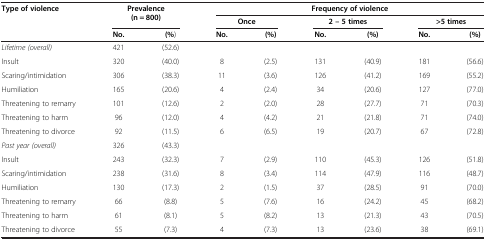
| <ROWSPAN=2> Type of violence | <ROWSPAN=2-COLSPAN=2> Prevalence (n = 800) | <COLSPAN=6> Frequency of violence |
 | <COLSPAN=2> Once | <COLSPAN=2> 2 – 5 times | <COLSPAN=2> >5 times |
 |  | No. | (%) | No. | (%) | No. | (%) | No. | (%) |
 | --- | --- | --- | --- | --- | --- | --- | --- | --- |
 | Lifetime (overall) | 421 | (52.6) |  |  |  |  |  |  |
 | Insult | 320 | (40.0) | 8 | (2.5) | 131 | (40.9) | 181 | (56.6) |
 | Scaring/intimidation | 306 | (38.3) | 11 | (3.6) | 126 | (41.2) | 169 | (55.2) |
 | Humiliation | 165 | (20.6) | 4 | (2.4) | 34 | (20.6) | 127 | (77.0) |
 | Threatening to remarry | 101 | (12.6) | 2 | (2.0) | 28 | (27.7) | 71 | (70.3) |
 | Threatening to harm | 96 | (12.0) | 4 | (4.2) | 21 | (21.8) | 71 | (74.0) |
 | Threatening to divorce | 92 | (11.5) | 6 | (6.5) | 19 | (20.7) | 67 | (72.8) |
 | Past year (overall) | 326 | (43.3) |  |  |  |  |  |  |
 | Insult | 243 | (32.3) | 7 | (2.9) | 110 | (45.3) | 126 | (51.8) |
 | Scaring/intimidation | 238 | (31.6) | 8 | (3.4) | 114 | (47.9) | 116 | (48.7) |
 | Humiliation | 130 | (17.3) | 2 | (1.5) | 37 | (28.5) | 91 | (70.0) |
 | Threatening to remarry | 66 | (8.8) | 5 | (7.6) | 16 | (24.2) | 45 | (68.2) |
 | Threatening to harm | 61 | (8.1) | 5 | (8.2) | 13 | (21.3) | 43 | (70.5) |
 | Threatening to divorce | 55 | (7.3) | 4 | (7.3) | 13 | (23.6) | 38 | (69.1) |